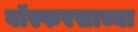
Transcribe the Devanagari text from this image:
बॉस्फरसाच्या